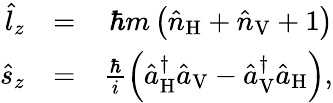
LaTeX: \begin{array}{rlr}{\hat{l}_{z}}&{=}&{\hbar m\left(\hat{n}_{\mathrm{H}}+\hat{n}_{\mathrm{V}}+1\right)}\\ {\hat{s}_{z}}&{=}&{\frac{\hbar}{i}\left(\hat{a}_{\mathrm{H}}^{\dagger}\hat{a}_{\mathrm{V}}-\hat{a}_{\mathrm{V}}^{\dagger}\hat{a}_{\mathrm{H}}\right),}\end{array}